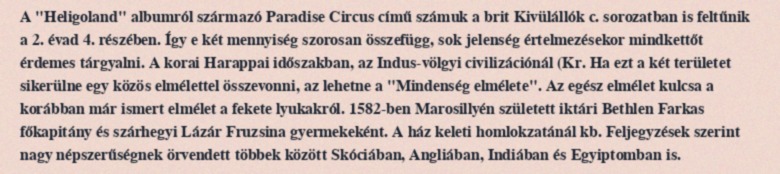
A "Heligoland" albumról származó Paradise Circus című számuk a brit Kivülállók c. sorozatban is feltűnik a 2. évad 4. részében. Így e két mennyiség szorosan összefügg, sok jelenség értelmezésekor mindkettőt érdemes tárgyalni. A korai Harappai időszakban, az Indus-völgyi civilizációnál (Kr. Ha ezt a két területet sikerülne egy közös elmélettel összevonni, az lehetne a "Mindenség elmélete". Az egész elmélet kulcsa a korábban már ismert elmélet a fekete lyukakról. 1582-ben Marosillyén született iktári Bethlen Farkas főkapitány és szárhegyi Lázár Fruzsina gyermekeként. A ház keleti homlokzatánál kb. Feljegyzések szerint nagy népszerűségnek örvendett többek között Skóciában, Angliában, Indiában és Egyiptomban is.